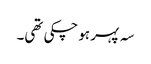
سہ پہر ہوچکی تھی۔